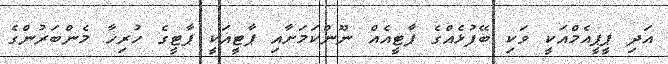
އަދި ޕީޕީއެމްއަކީ ވަކި ބޭފުޅެއްގެ ޕާޓީއެއް ނޫންކަމަށާއި ޕާޓީއަކީ ޕާޓީގެ ހުރިހާ މެންބަރުންގެ